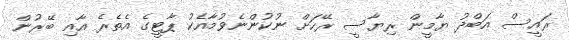
ރައީސް އަބްދު ޔާމީން ރިޔާސީ ރޭހަށް ނުކުންނެވުމާއެކު ޕާޓީގެ އެތެރެ އާއި ބޭރުން